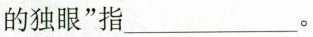
的独眼”指___。